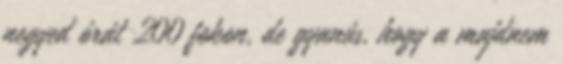
negyed órát 200 fokon, de gyanús, hogy a majdnem